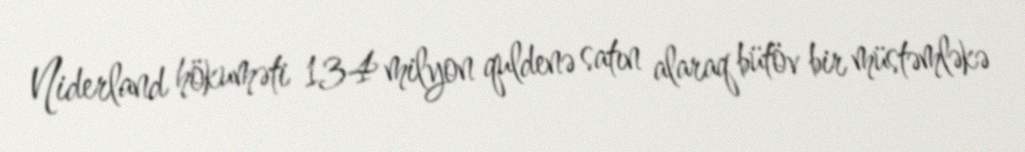
Niderland hökuməti 134 milyon quldenə satın alaraq bütöv bir müstəmləkə